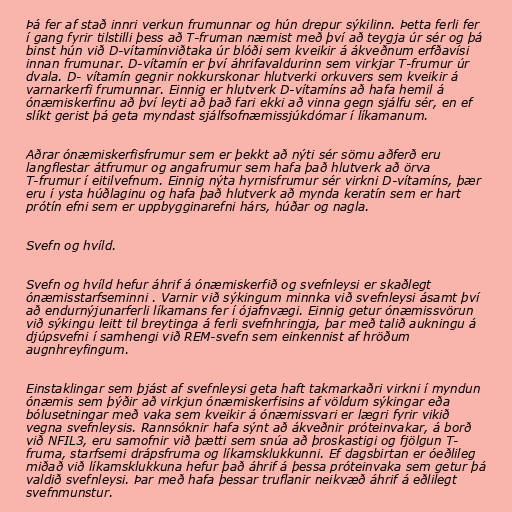
Þá fer af stað innri verkun frumunnar og hún drepur sýkilinn. Þetta ferli fer
í gang fyrir tilstilli þess að T-fruman næmist með því að teygja úr sér og þá
binst hún við D-vítamínviðtaka úr blóði sem kveikir á ákveðnum erfðavísi
innan frumunar. D-vítamín er því áhrifavaldurinn sem virkjar T-frumur úr
dvala. D- vítamín gegnir nokkurskonar hlutverki orkuvers sem kveikir á
varnarkerfi frumunnar. Einnig er hlutverk D-vítamíns að hafa hemil á
ónæmiskerfinu að því leyti að það fari ekki að vinna gegn sjálfu sér, en ef
slíkt gerist þá geta myndast sjálfsofnæmissjúkdómar í líkamanum.

Aðrar ónæmiskerfisfrumur sem er þekkt að nýti sér sömu aðferð eru
langflestar átfrumur og angafrumur sem hafa það hlutverk að örva
T-frumur í eitilvefnum. Einnig nýta hyrnisfrumur sér virkni D-vítamíns, þær
eru í ysta húðlaginu og hafa það hlutverk að mynda keratín sem er hart
prótín efni sem er uppbygginarefni hárs, húðar og nagla.

Svefn og hvíld.

Svefn og hvíld hefur áhrif á ónæmiskerfið og svefnleysi er skaðlegt
ónæmisstarfseminni . Varnir við sýkingum minnka við svefnleysi ásamt því
að endurnýjunarferli líkamans fer í ójafnvægi. Einnig getur ónæmissvörun
við sýkingu leitt til breytinga á ferli svefnhringja, þar með talið aukningu á
djúpsvefni í samhengi við REM-svefn sem einkennist af hröðum
augnhreyfingum.

Einstaklingar sem þjást af svefnleysi geta haft takmarkaðri virkni í myndun
ónæmis sem þýðir að virkjun ónæmiskerfisins af völdum sýkingar eða
bólusetningar með vaka sem kveikir á ónæmissvari er lægri fyrir vikið
vegna svefnleysis. Rannsóknir hafa sýnt að ákveðnir próteinvakar, á borð
við NFIL3, eru samofnir við þætti sem snúa að þroskastigi og fjölgun T-
fruma, starfsemi drápsfruma og líkamsklukkunni. Ef dagsbirtan er óeðlileg
miðað við líkamsklukkuna hefur það áhrif á þessa próteinvaka sem getur þá
valdið svefnleysi. Þar með hafa þessar truflanir neikvæð áhrif á eðlilegt
svefnmunstur.